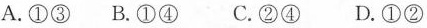
A.①③ B.①④ C.②④ D.①②